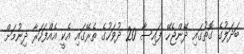
ބަދަލުގެ ގޮތުގައި ދޭންޖެހޭ ފައިސާ 20 ދުވަހުގެ ތެރޭގައި އެކީ އެއްފަހަރާ ދިނުމަށް